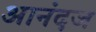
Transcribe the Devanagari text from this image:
आनंदज